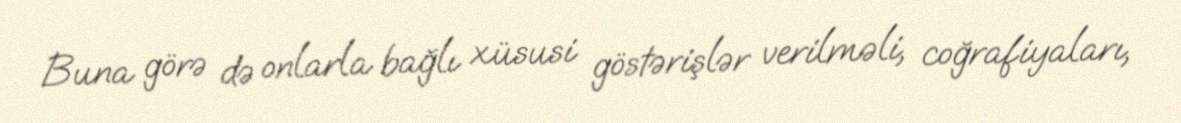
Buna görə də onlarla bağlı xüsusi göstərişlər verilməli, coğrafiyaları,